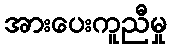
အားပေးကူညီမှု